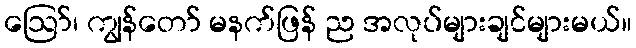
ဪ၊ ကျွန်တော် မနက်ဖြန် ည အလုပ်များချင်များမယ်။